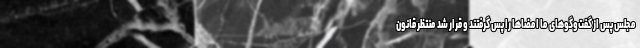
مجلس پس از گفت‌وگوهای ما امضاها را پس گرفتند و قرار شد منتظر قانونِ